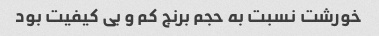
خورشت نسبت به حجم برنج کم و بی کیفیت بود